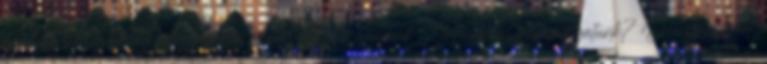
Kokilla, középiskolai magyartanár és másodállású gondnok „Írogatunk, gyanúsítgatunk? Hanyagságot,